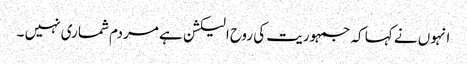
انہوں نے کہا کہ جمہوریت کی روح الیکشن ہے مردم شماری نہیں ۔